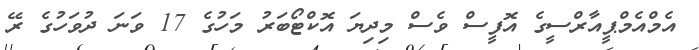
އެމްއެމްޕީއާރްސީގެ އޮފީސް ވެސް މިދިޔަ އޮކްޓޯބަރު މަހުގެ 17 ވަނަ ދުވަހުގެ ރޭ